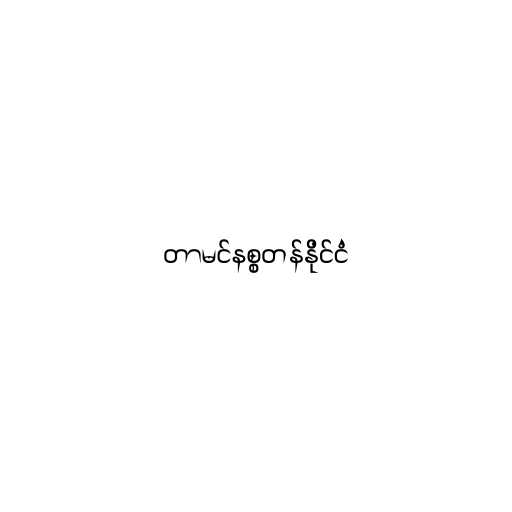
တာမင်နစ္စတန်နိုင်ငံ